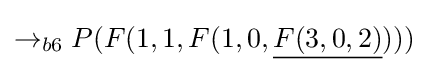
\rightarrow _{b6}P(F(1,1,F(1,0,{\underline {F(3,0,2)}})))